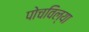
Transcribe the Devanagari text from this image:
पोचविल्या